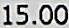
15.00